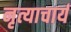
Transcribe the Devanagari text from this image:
नृत्याचार्य